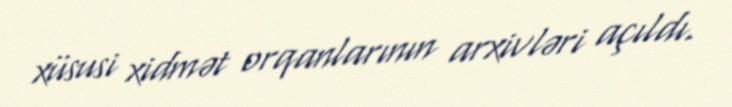
xüsusi xidmət orqanlarının arxivləri açıldı.